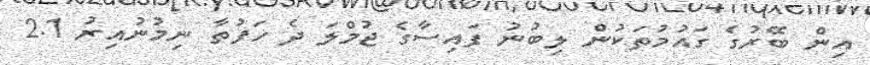
އިން ބޭރުގެ ގައުމުތަކުން ލިބުނު ފައިސާގެ ޖުމްލަ ދެ ހަފުތާ ނިމުނުއިރު 2.1